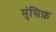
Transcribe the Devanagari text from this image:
मुंसिफ़